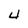
Character: 4